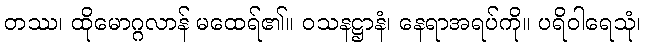
တဿ၊ ထိုမောဂ္ဂလာန် မထေရ်၏။ ဝသနဋ္ဌာနံ၊ နေရာအရပ်ကို။ ပရိဝါရေသုံ၊